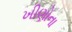
ખીણોના